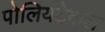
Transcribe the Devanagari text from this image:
पोलियटेकल